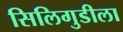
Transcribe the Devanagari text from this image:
सिलिगुडीला